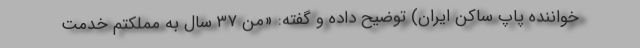
خواننده پاپ ساکن ایران) توضیح داده و گفته: «من ۳۷ سال به مملکتم خدمت